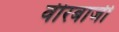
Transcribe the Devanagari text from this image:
वीरबाजी